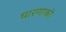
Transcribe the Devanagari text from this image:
धारणाको